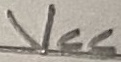
Text: VCC